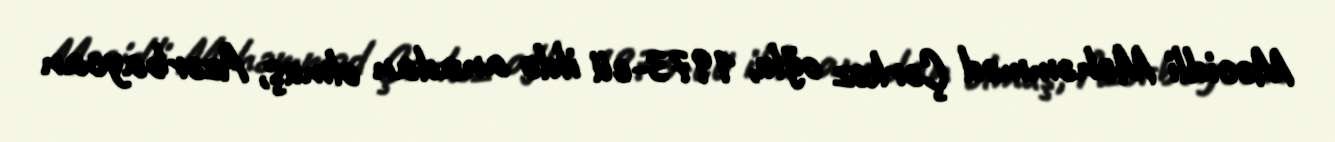
Məcidli Məhəmməd Çərkəz oğlu, 1973-cü ildə anadan olmuş, Azərbaycan